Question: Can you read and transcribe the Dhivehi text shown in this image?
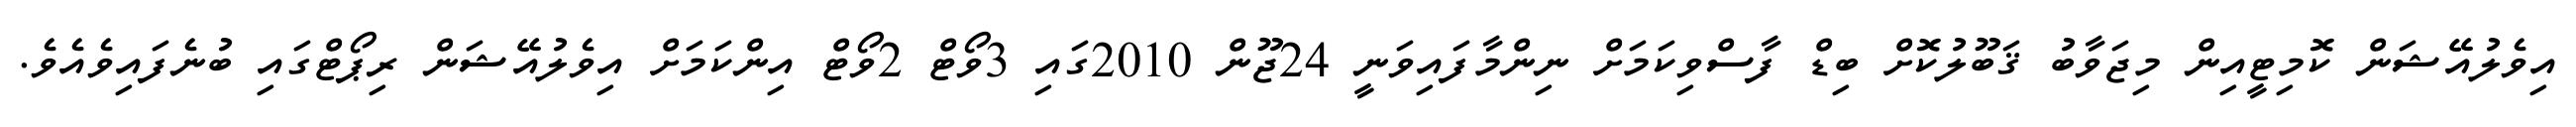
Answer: އިވެލުއޭޝަން ކޮމިޓީއިން މިޖަވާބު ޤަބޫލުކޮށް ބިޑް ފާސްވިކަމަށް ނިންމާފައިވަނީ 24ޖޫން 2010ގައި 3ވޯޓް 2ވޯޓް އިންކަމަށް އިވެލުއޭޝަން ރިޕޯޓްގައި ބުނެފައިވެއެވެ.